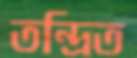
তন্দ্রিত